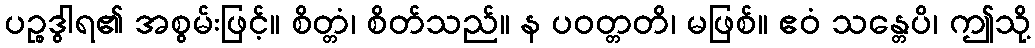
ပဉ္စဒွါရ၏ အစွမ်းဖြင့်။ စိတ္တံ၊ စိတ်သည်။ န ပဝတ္တတိ၊ မဖြစ်။ ဧဝံ သန္တေပိ၊ ဤသို့